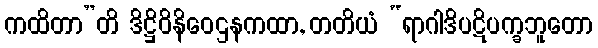
ကထိတာ”တိ ဒိဋ္ဌိဝိနိဝေဌနကထာ, တတိယံ “ရာဂါဒိပဋိပက္ခဘူတော